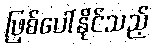
ဖြစ်ပေါ်နိုင်သည့်